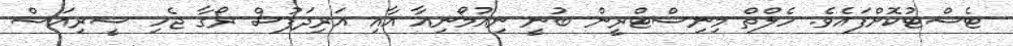
ޓެސްޓުކޮށްފައެވެ. ހެލްތް މިނިސްޓްރީން ބުނީ ނިއުމޯނިއާ އާއި އަރިދަފުސް ރޯގާ ޖެހި ސީރިއަސް